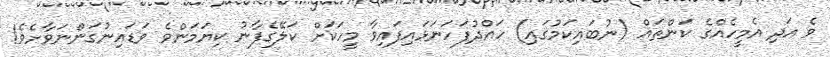
ވެ އަދި އެމީހެއްގެ ކަންތައް (ނުބައިކަމުގައި) ހައްދުފަހަނަޅައިފައިވާ މީހަކަށް ކަލޭގެފާނު ކިޔަމަންވެ ވަޑައިނުގަންނަވާށެވެ!